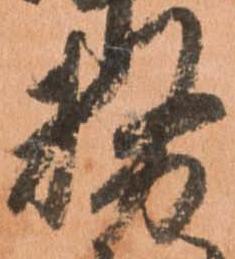
務